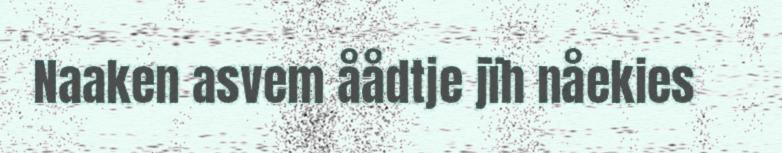
Naaken asvem åådtje jïh nåekies